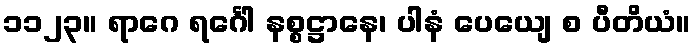
၁၁၂၃။ ရာဂေ ရင်္ဂေါ နစ္စဋ္ဌာနေ၊ ပါနံ ပေယျေ စ ပီတိယံ။